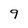
Character: 9